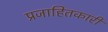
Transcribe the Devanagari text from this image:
प्रजाहितकारी